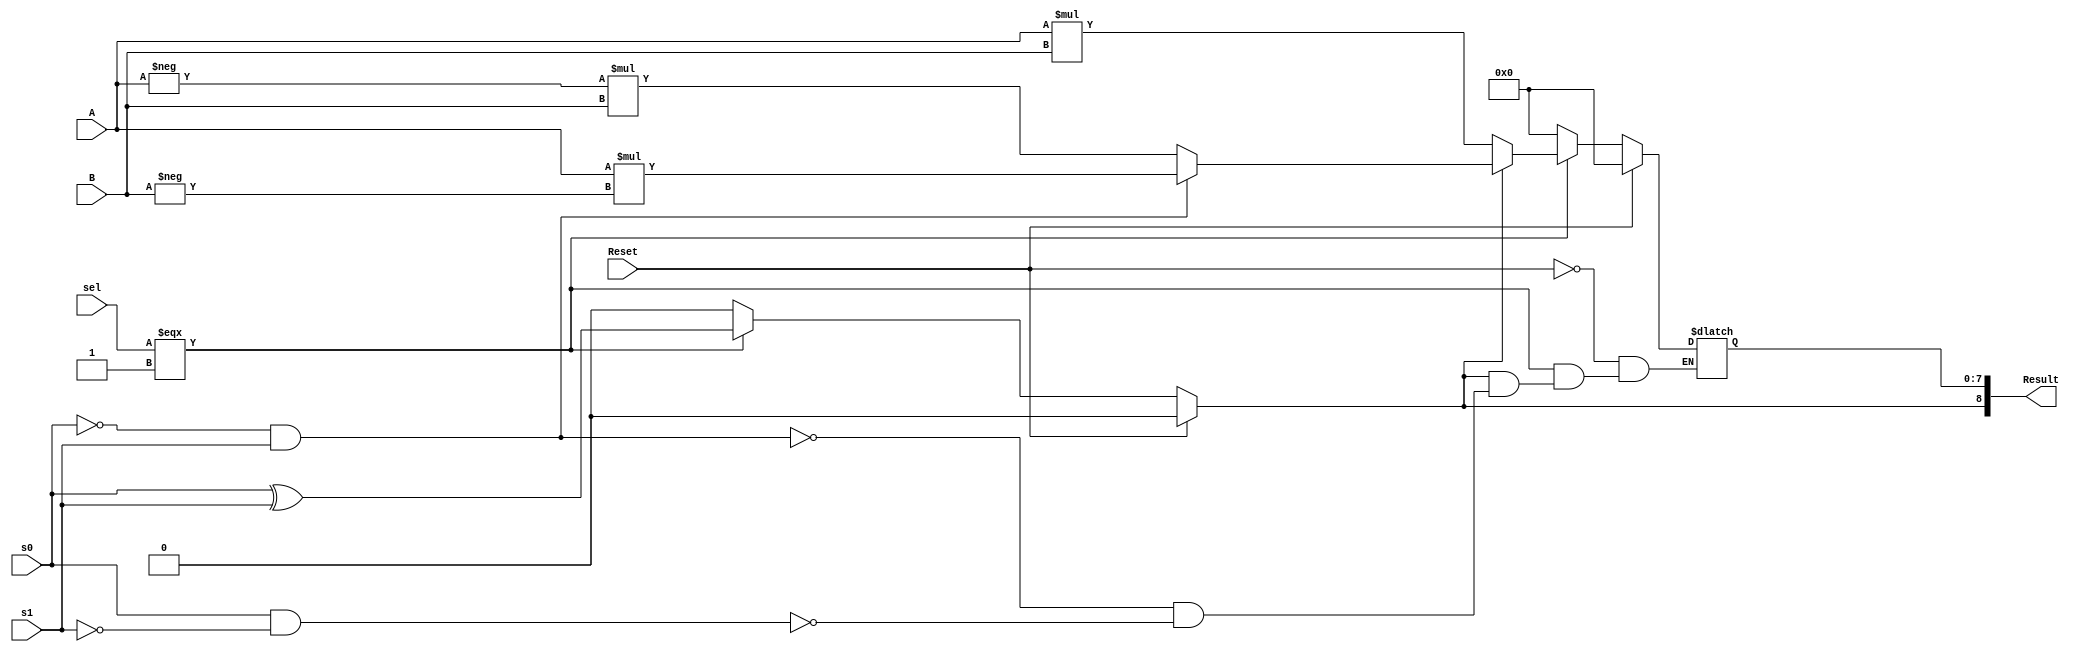
module Four_Bit_Multiplier(A, B, s0, s1, Result, sel, Reset);

	output [8:0]Result;
	input [3:0]A,B;
	input [1:0]sel;
	input s0, s1, Reset;
	
	reg temp;
	reg [7:0]TResult;
	reg [8:0]Result;
	
	always @(*)
		begin
			if(Reset)
				begin
					TResult <= 8'b0;
					temp <= 1'b0;
				end
			else
				begin
					if(sel === 2'b01)
					   begin
					       temp <= s0^s1;
                           if(temp)
                              begin
                                 if(~s0 && s1)
                                     TResult <= A*(-B);
                                 else if(s0 && ~s1)
                                      TResult <= (-A)*B;
                              end
                            else if(~temp)
                                 TResult <= A*B;
					   end
					 
					 else
					   begin
					       TResult <= 8'b0;
                           temp <= 1'b0;
					   end
				end
			Result <= {temp, TResult};
		end
	
endmodule